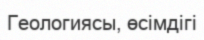
Геологиясы, өсімдігі